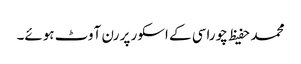
محمد حفیظ چوراسی کے اسکور پر رن آوٹ ہوئے۔